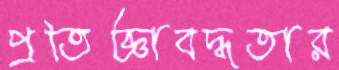
প্রতিজ্ঞাবদ্ধতার